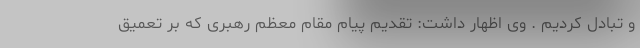
و تبادل کردیم . وی اظهار داشت: تقدیم پیام مقام معظم رهبری که بر تعمیق